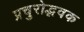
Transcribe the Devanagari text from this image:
प्रचुरोद्भवक